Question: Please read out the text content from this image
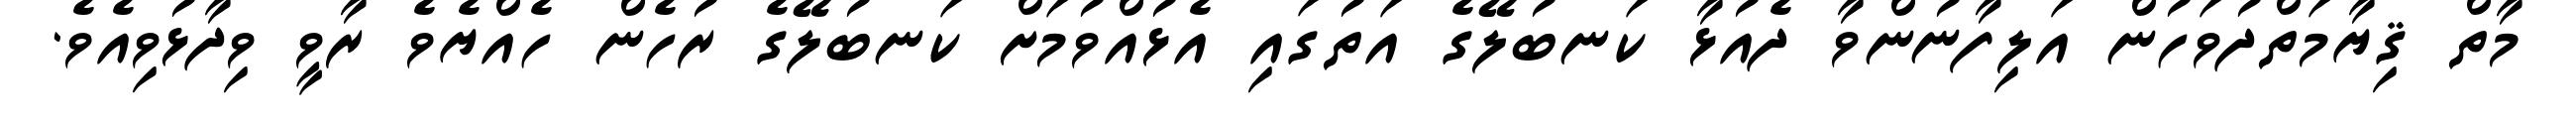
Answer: މާތް ޤިޔާމަތްދުވަހުން އަލިފާނުންވާ ދެއުޅާ ކަނބުލޭގެ އަތުގައި އެޅުއްވުމަށް ކަނބުލޭގެ ރުހެން ހެއްޔެވެ ރާވީ ވިދާޅުވިއެވެ.